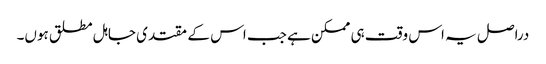
دراصل یہ اس وقت ہی ممکن ہے جب اس کے مقتدی جاہل مطلق ہوں۔